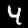
Digit: 4